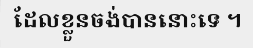
ដែលខ្លួនចង់បាននោះទេ ។